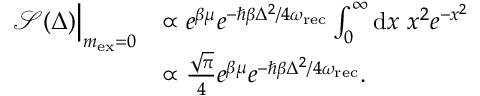
\begin{array} { r l } { \mathcal { S } ( \Delta ) \Big | _ { m _ { \mathrm { e x } } = 0 } } & { \propto e ^ { \beta \mu } e ^ { - \hbar \beta \Delta ^ { 2 } / 4 \omega _ { \mathrm { r e c } } } \int _ { 0 } ^ { \infty } \mathrm { d } x \ x ^ { 2 } e ^ { - x ^ { 2 } } } \\ & { \propto \frac { \sqrt { \pi } } { 4 } e ^ { \beta \mu } e ^ { - \hbar \beta \Delta ^ { 2 } / 4 \omega _ { \mathrm { r e c } } } . } \end{array}